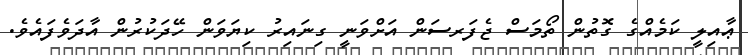
ޢާއިލީ ކަމެއްގެ ގޮތުން ތޯމަސް ޖެފަރސަން އަށްވަނީ ގިނައިރު ކިޔަވަން ހޭދަކުރުން އާދަވެފައެވެ.